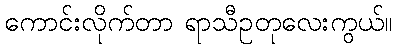
ကောင်းလိုက်တာ ရာသီဥတုလေးကွယ်။